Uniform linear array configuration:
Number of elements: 16
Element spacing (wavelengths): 0.75
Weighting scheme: hamming
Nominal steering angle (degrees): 30
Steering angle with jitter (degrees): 29.58
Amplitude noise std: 0.05
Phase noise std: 0.05

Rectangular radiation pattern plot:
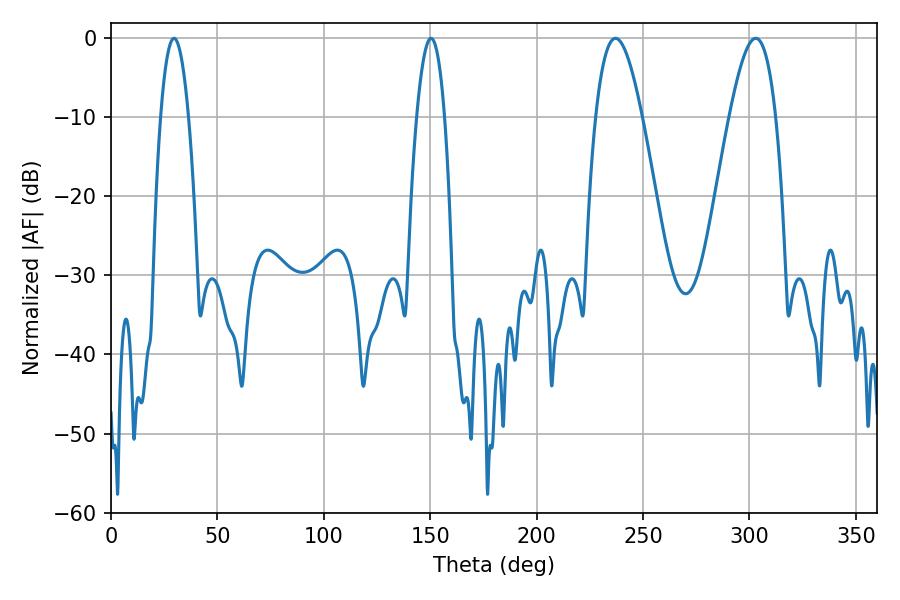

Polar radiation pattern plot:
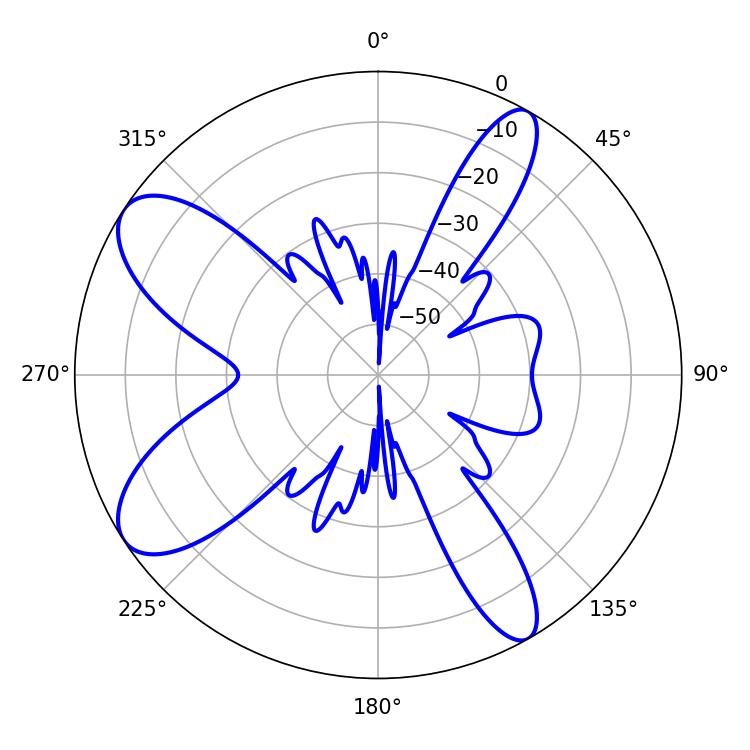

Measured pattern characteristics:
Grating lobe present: TRUE
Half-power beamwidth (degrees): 11.7
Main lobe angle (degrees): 302.94